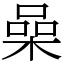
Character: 喿